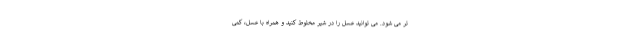
تر می شود. می توانید عسل را در شیر مخلوط کنید و همراه با عسل، کمی